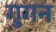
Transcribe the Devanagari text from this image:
गुगन